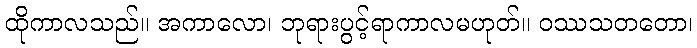
ထိုကာလသည်။ အကာလော၊ ဘုရားပွင့်ရာကာလမဟုတ်။ ဝဿသတတော၊